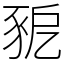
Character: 豟